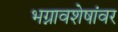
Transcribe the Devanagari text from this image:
भग्नावशेषांवर